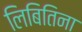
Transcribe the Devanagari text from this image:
लिबितिना